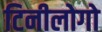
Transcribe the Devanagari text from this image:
टिनीलोगो